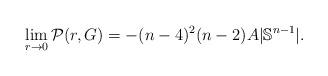
LaTeX: \begin{align*}\lim_{r\to 0}\mathcal{P}(r,G)=-(n-4)^2(n-2)A|\mathbb{S}^{n-1}|.\end{align*}